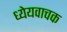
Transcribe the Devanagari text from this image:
ध्येयवाचक